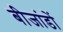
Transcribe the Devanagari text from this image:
बीजांडों